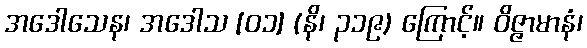
အဒေါသေန၊ အဒေါသ [၀၁] (နိ၊ ၃၁၉) ကြောင့်။ ဝိဇ္ဇာမာနံ၊